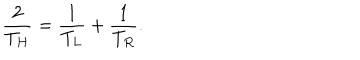
{ \frac { 2 } { T _ { H } } } = { \frac { 1 } { T _ { L } } } + { \frac { 1 } { T _ { R } } } .